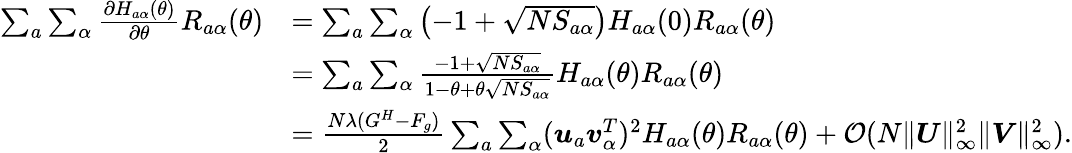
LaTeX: \begin{array}{rl}{\sum_{a}\sum_{\alpha}\frac{\partial H_{a\alpha}(\theta)}{\partial\theta}R_{a\alpha}(\theta)}&{=\sum_{a}\sum_{\alpha}\left(-1+\sqrt{NS_{a\alpha}}\right)H_{a\alpha}(0)R_{a\alpha}(\theta)}\\ &{=\sum_{a}\sum_{\alpha}\frac{-1+\sqrt{NS_{a\alpha}}}{1-\theta+\theta\sqrt{NS_{a\alpha}}}H_{a\alpha}(\theta)R_{a\alpha}(\theta)}\\ &{=\frac{N\lambda(G^{H}-F_{g})}{2}\sum_{a}\sum_{\alpha}({\boldsymbol u}_{a}{\boldsymbol v}_{\alpha}^{T})^{2}H_{a\alpha}(\theta)R_{a\alpha}(\theta)+{\mathcal O}(N\| {\boldsymbol U}\| _{\infty}^{2}\| {\boldsymbol V}\| _{\infty}^{2}).}\end{array}